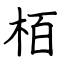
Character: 栢